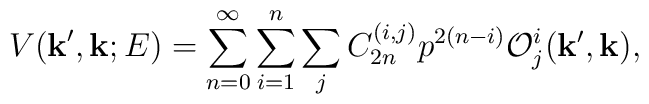
V({\bf k}',{\bf k};E)=\sum_{n=0}^\infty \sum_{i=1}^n \sum_jC_{2n}^{(i,j)} p^{2(n-i)} {\cal O}^i_j({\bf k}',{\bf k}),